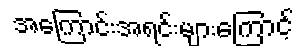
အကြောင်းအရင်းများကြောင့်